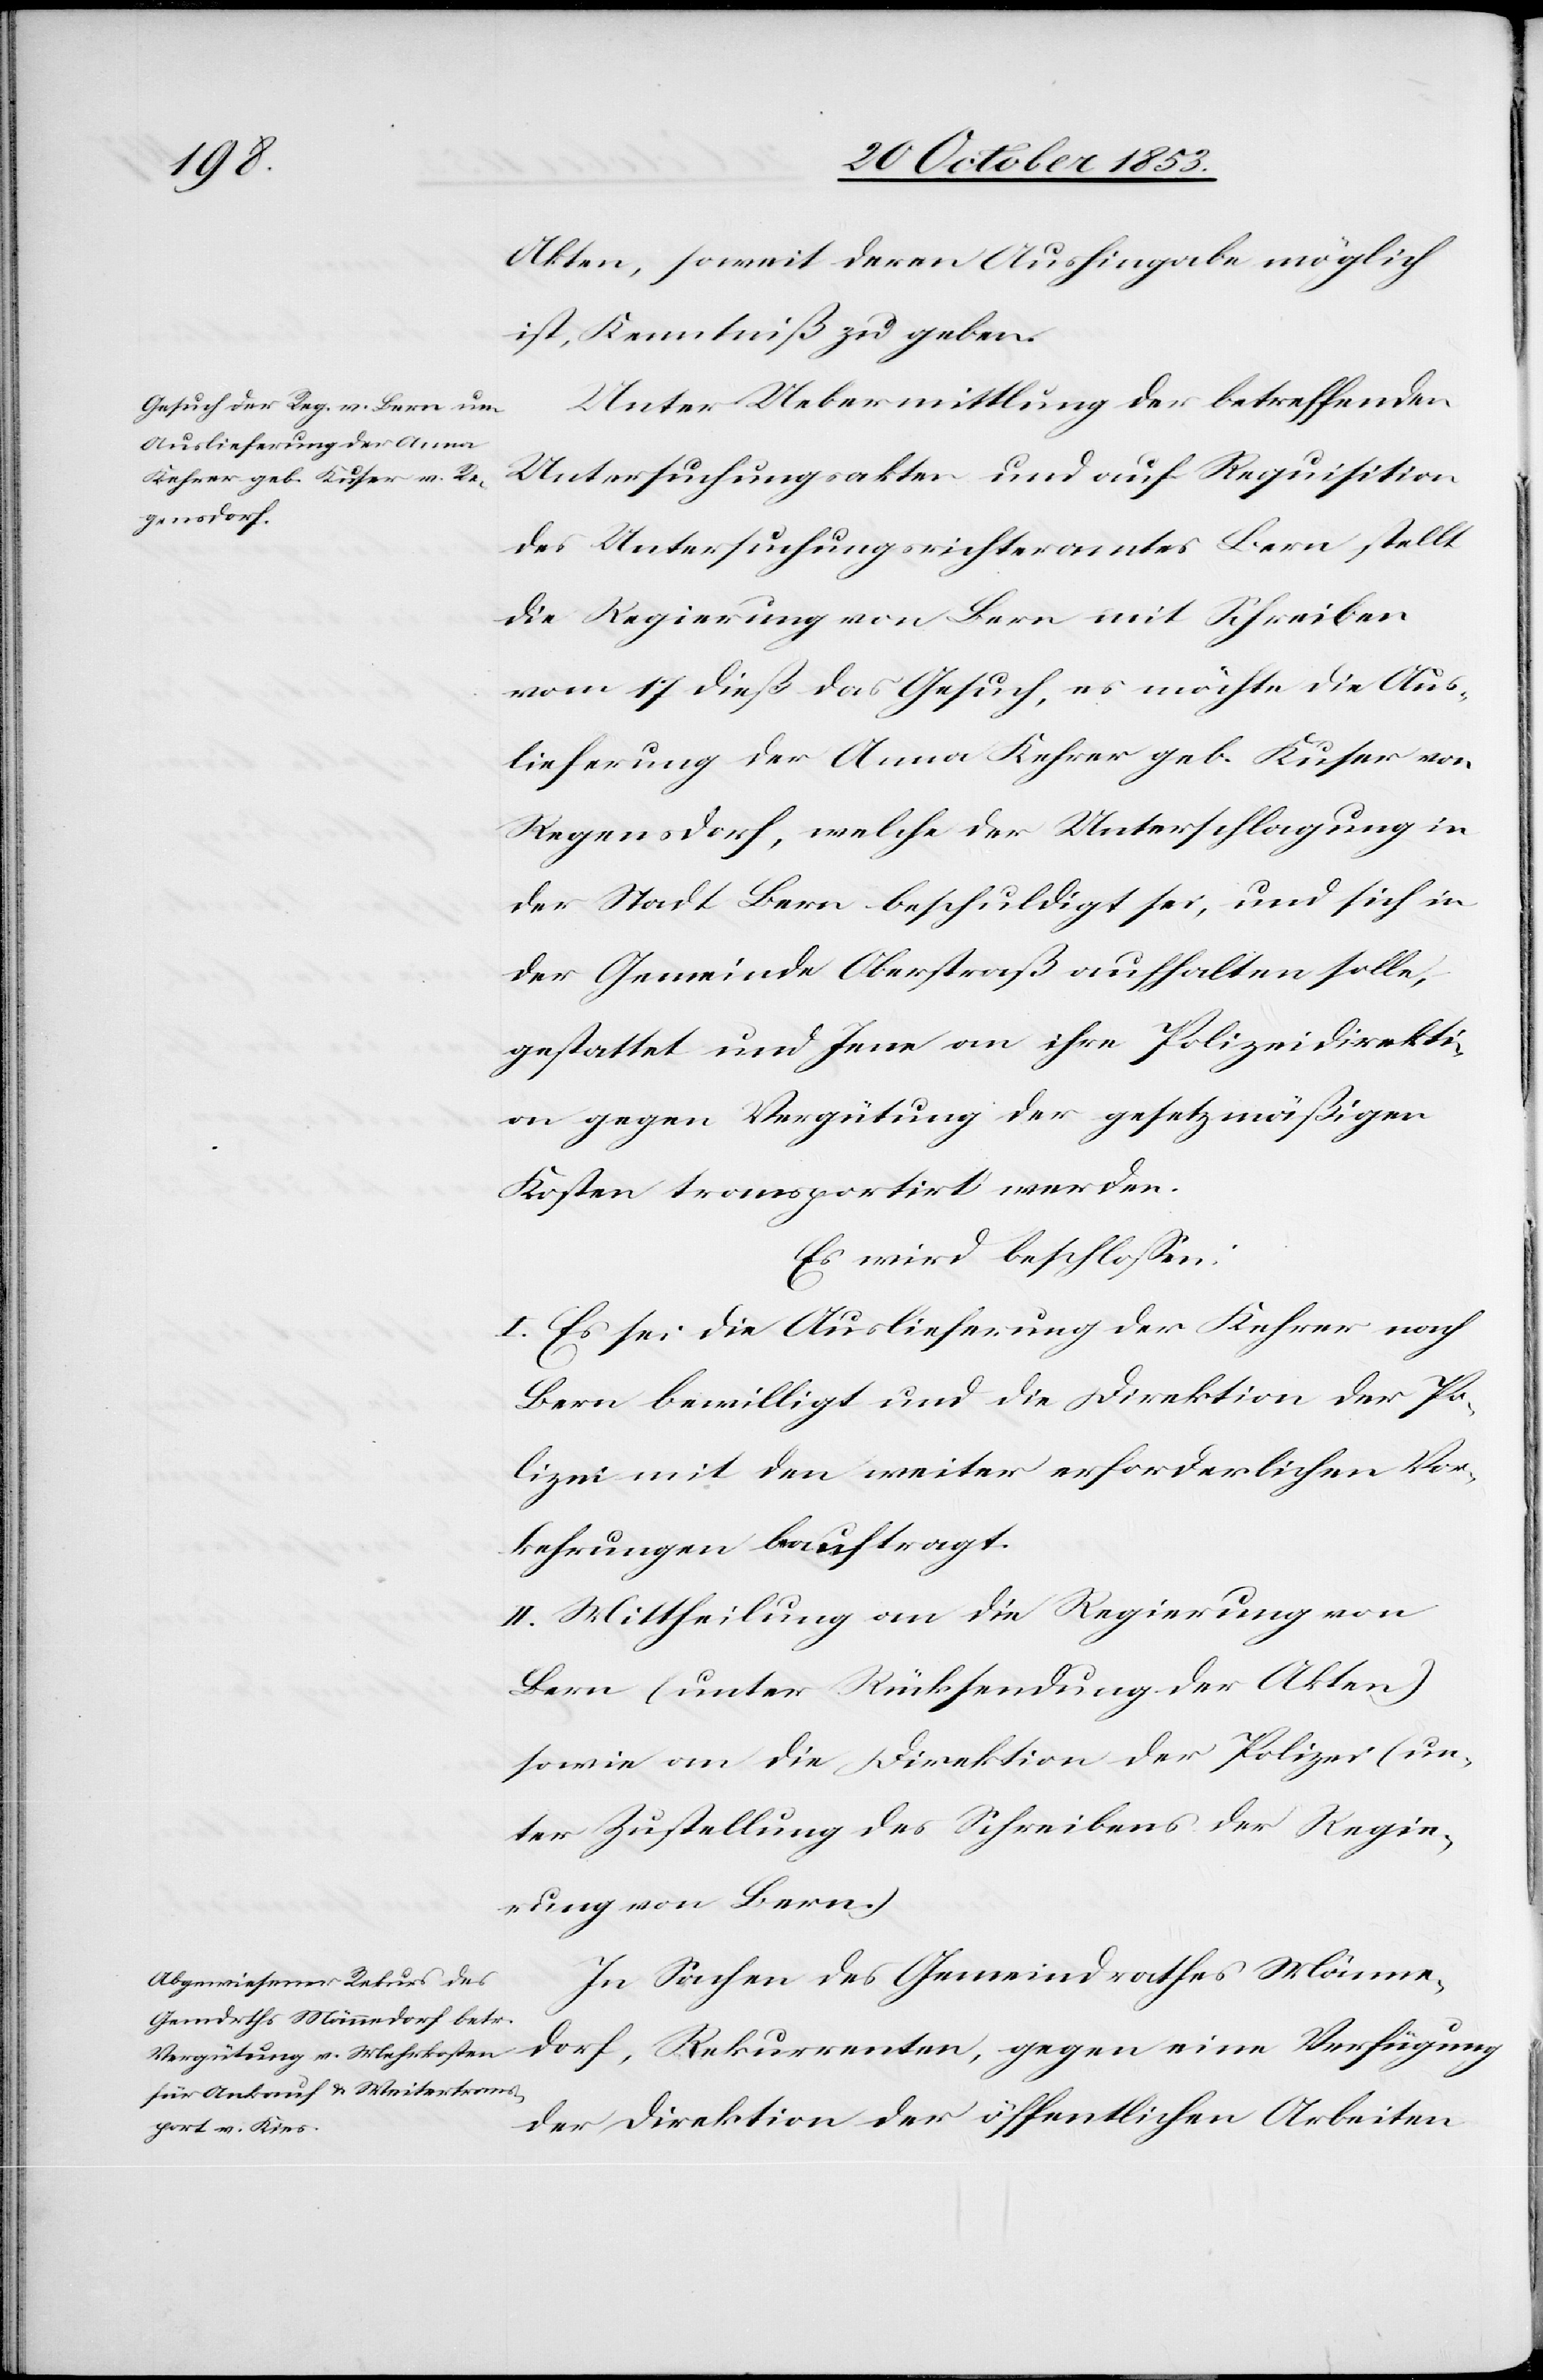
Akten, soweit deren Aushingabe möglich
ist, Kenntniß zu geben.
Unter Uebermittlung der betreffenden
Untersuchungsakten und auf Requisition
des Untersuchungsrichteramtes Bern stellt
die Regierung von Bern mit Schreiben
vom 17 dieß das Gesuch, es möchte die Aus¬
lieferung der Anna Kehrer geb. Kuser von
Regensdorf, welche der Unterschlagung in
der Stadt Bern beschuldigt sei, und sich in
der Gemeinde Oberstraß aufhalten solle,
gestattet und Jene an ihre Polizeidirekti¬
on gegen Vergütung der gesetzmäßigen
Kosten transportirt werden.
Es wird beschloßen:
I. Es sei die Auslieferung der Kehrer nach
Bern bewilligt und die Direktion der Po¬
lizei mit den weiter erforderlichen Vor¬
kehrungen beauftragt.
II. Mittheilung an die Regierung von
Bern (unter Rücksendung der Akten)
sowie an die Direktion der Polizei (un¬
ter Zustellung des Schreibens der Regie¬
rung von Bern.)
In Sachen des Gemeindrathes Männe¬
dorf, Rekurrenten, gegen eine Verfügung
der Direktion der öffentlichen Arbeiten